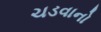
ચડવાનો